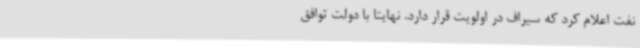
نفت اعلام کرد که سیراف در اولویت قرار دارد. نهایتاً با دولت توافق